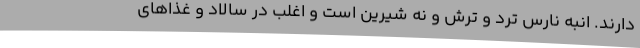
دارند. انبه نارس ترد و ترش و نه شیرین است و اغلب در سالاد و غذاهای